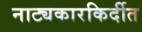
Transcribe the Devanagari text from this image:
नाट्यकारकिर्दीत